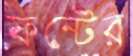
ফন্টের